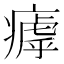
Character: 𤹣